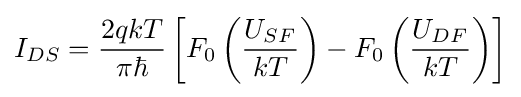
I_{DS}={\frac {2qkT}{\pi {\hbar }}}\left[F_{0}\left({\frac {U_{SF}}{kT}}\right)-F_{0}\left({\frac {U_{DF}}{kT}}\right)\right]